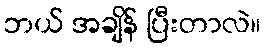
ဘယ် အချိန် ပြီးတာလဲ။